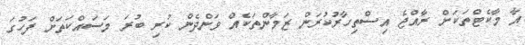
އާ މާކެޓްތަކަށް ރާއްޖެ އިސްތިހާރުކުރަން ޒަމާންތަކެއް ވަންދެން ކުރި ބުރަ މަސައްކަތަށް ފަހުގަ